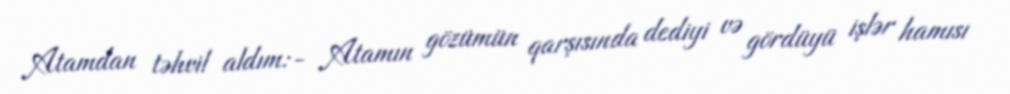
Atamdan təhvil aldım:- Atamın gözümün qarşısında dediyi və gördüyü işlər hamısı